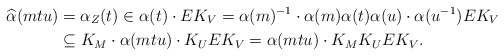
\begin{align*} \widehat\alpha(mtu) &= \alpha_Z(t)\in \alpha(t) \cdot E K_V= \alpha(m)^{-1} \cdot \alpha(m) \alpha(t) \alpha(u) \cdot \alpha(u^{-1}) E K_V\\&\subseteq K_M \cdot \alpha(mtu) \cdot K_U E K_V= \alpha(mtu) \cdot K_M K_U E K_V. \end{align*}